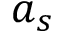
a _ { s }